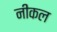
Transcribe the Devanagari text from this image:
नीकल